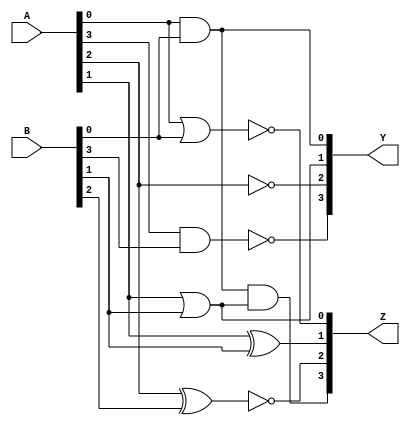
module combinational_logic_block (
    input wire [3:0] A,    // 4-bit input A
    input wire [3:0] B,    // 4-bit input B
    output wire [3:0] Y,    // 4-bit output Y
    output wire [3:0] Z     // 4-bit output Z
);

// Intermediate signals
wire and_out, or_out, not_out, nand_out, nor_out, xor_out, xnor_out;

// Logic gate operations
assign and_out = A[0] & B[0];         // AND gate
assign or_out  = A[1] | B[1];          // OR gate
assign not_out = ~A[2];                 // NOT gate
assign nand_out = ~(A[3] & B[3]);      // NAND gate
assign nor_out  = ~(A[0] | B[0]);      // NOR gate
assign xor_out  = A[1] ^ B[1];         // XOR gate
assign xnor_out = ~(A[2] ^ B[2]);      // XNOR gate

// Output assignments based on logic operations
assign Y[0] = and_out;                  // Output from AND gate
assign Y[1] = or_out;                   // Output from OR gate
assign Y[2] = not_out;                  // Output from NOT gate
assign Y[3] = nand_out;                 // Output from NAND gate

assign Z[0] = nor_out;                  // Output from NOR gate
assign Z[1] = xor_out;                  // Output from XOR gate
assign Z[2] = xnor_out;                 // Output from XNOR gate
assign Z[3] = (and_out & or_out);       // Additional logic combining AND and OR

endmodule